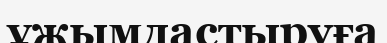
ұжымдастыруға